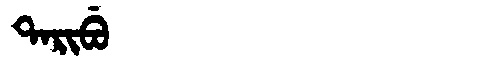
Manchu: ᡨᠠᡵᡳᠪᡠ
Romanization: TARIBU